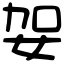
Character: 妿